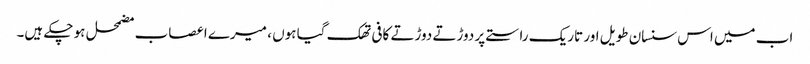
اب میں اس سنسان طویل اور تاریک راستے پر دوڑتے دوڑتے کافی تھک گیا ہوں ، میرے اعصاب مضمحل ہو چکے ہیں۔